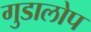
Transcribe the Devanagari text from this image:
गुडालोप